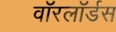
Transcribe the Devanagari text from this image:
वाॅरलाॅर्डस